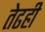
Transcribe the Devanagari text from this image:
तेढही